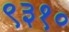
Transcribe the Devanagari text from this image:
९३१०